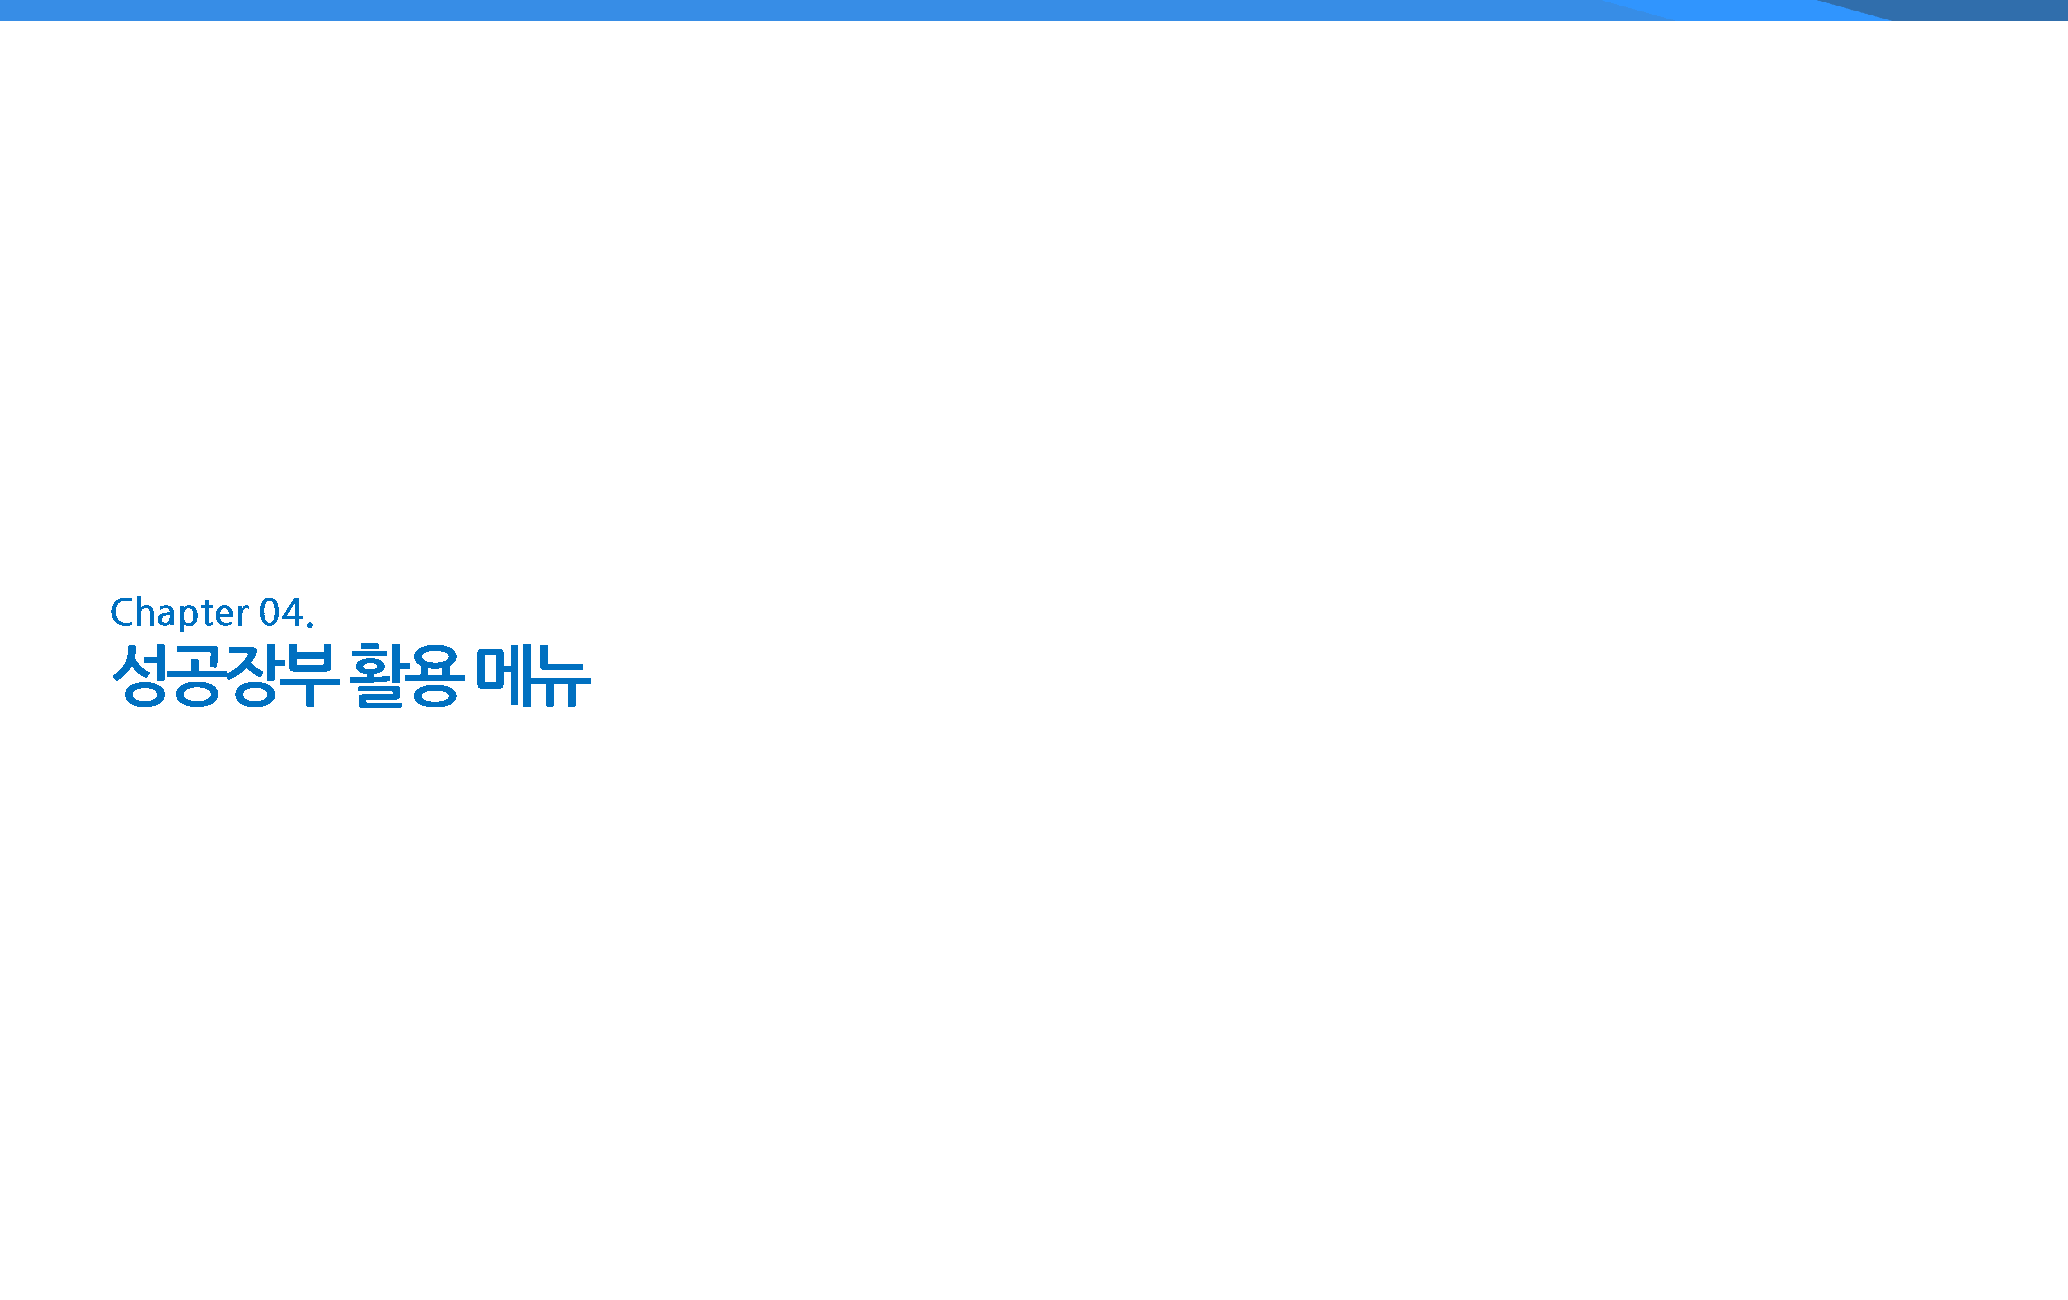
Chapter   04.
 성공장부            활용      메뉴